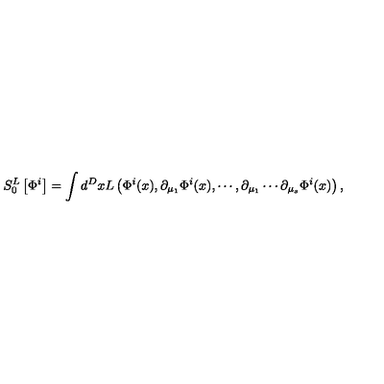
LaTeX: S _ { 0 } ^ { L } \left[ \Phi ^ { i } \right] = \int d ^ { D } x L \left( \Phi ^ { i } ( x ) , \partial _ { \mu _ { 1 } } \Phi ^ { i } ( x ) , \cdots , \partial _ { \mu _ { 1 } } \cdots \partial _ { \mu _ { s } } \Phi ^ { i } ( x ) \right) ,